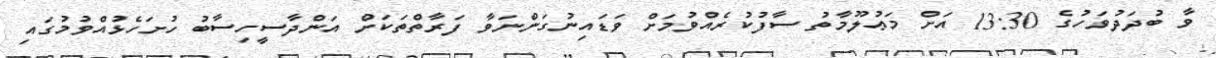
ވާ ބުދަދުވަހުގެ 13:30 އަށް މަޢުލޫމާތު ސާފުކުރެއްވުމަށް ވަޑައިނުގަންނަވާ ފަރާތްތަކަށް އަންދާސީހިސާބު ހުށަހެޅުއްވުމުގައި